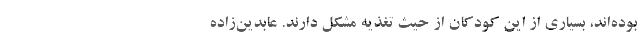
بوده‌اند، بسیاری از این کودکان از حیث تغذیه مشکل دارند. عابدین‌زاده